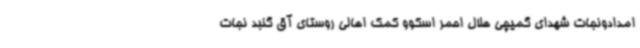
امدادونجات شهدای گمیچی هلال احمر اسکوو کمک اهالی روستای آق گنبد نجات